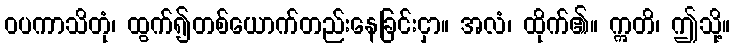
ဝပကာသိတုံ၊ ထွက်၍တစ်ယောက်တည်းနေခြင်းငှာ။ အလံ၊ ထိုက်၏။ ဣတိ၊ ဤသို့။